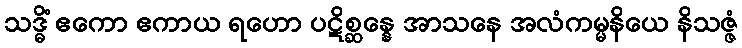
သဒ္ဓိံ ဧကော ဧကာယ ရဟော ပဋိစ္ဆန္နေ အာသနေ အလံကမ္မနိယေ နိသဇ္ဇံ